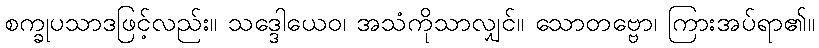
စက္ခုပသာဒဖြင့်လည်း။ သဒ္ဒေါယေဝ၊ အသံကိုသာလျှင်။ သောတဗ္ဗော၊ ကြားအပ်ရာ၏။